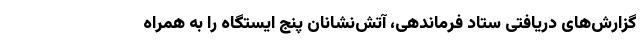
گزارش‌های دریافتی ستاد فرماندهی، آتش‌نشانان پنج ایستگاه را به همراه